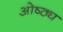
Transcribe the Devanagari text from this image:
ओष्ठ्य